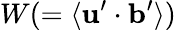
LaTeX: W(=\langle{{\mathbf{u}}^{\prime}\cdot{\mathbf{b}}^{\prime}}\rangle)